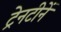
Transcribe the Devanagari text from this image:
ट्रेनटीनें